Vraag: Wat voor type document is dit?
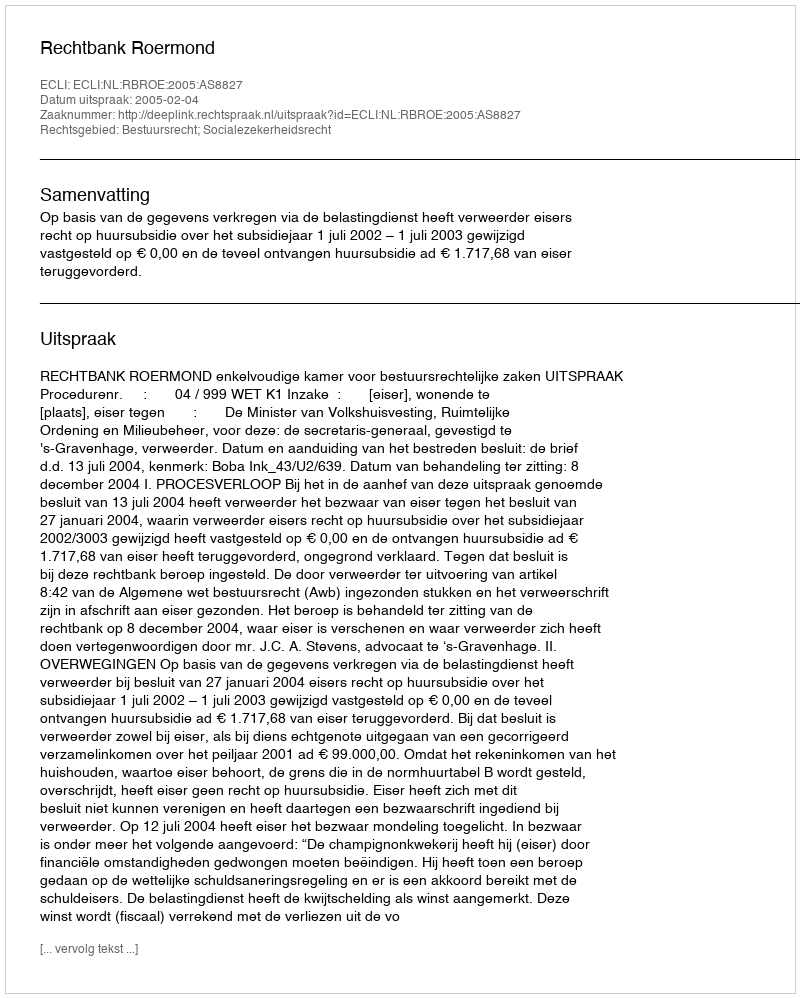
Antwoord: Uitspraak